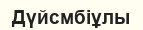
Дүйсмбіұлы